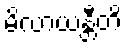
မိလာယန္တီတိ